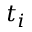
t _ { i }